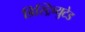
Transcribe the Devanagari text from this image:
डिस्ट्रिब्युटेड